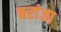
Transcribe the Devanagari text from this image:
बरांजा